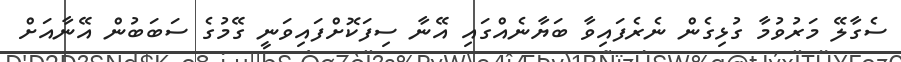
ސެގާލޭ މަރުވުމާ ގުޅިގެން ނެރެފައިވާ ބަޔާނެއްގައި އޭނާ ސިފަކޮށްފައިވަނީ ގޭމުގެ ސަބަބުން އޭނާއަށް